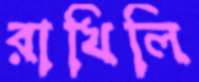
রাখিলি